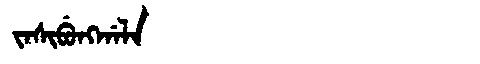
Manchu: ᠵᠠᠰᡳᠪᡠᠩᡤᠠᠯᠠ
Romanization: JASIBUNGGALA